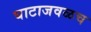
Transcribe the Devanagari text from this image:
घाटाजवळच